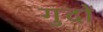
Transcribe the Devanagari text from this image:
गुदों